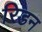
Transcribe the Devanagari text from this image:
रिडन